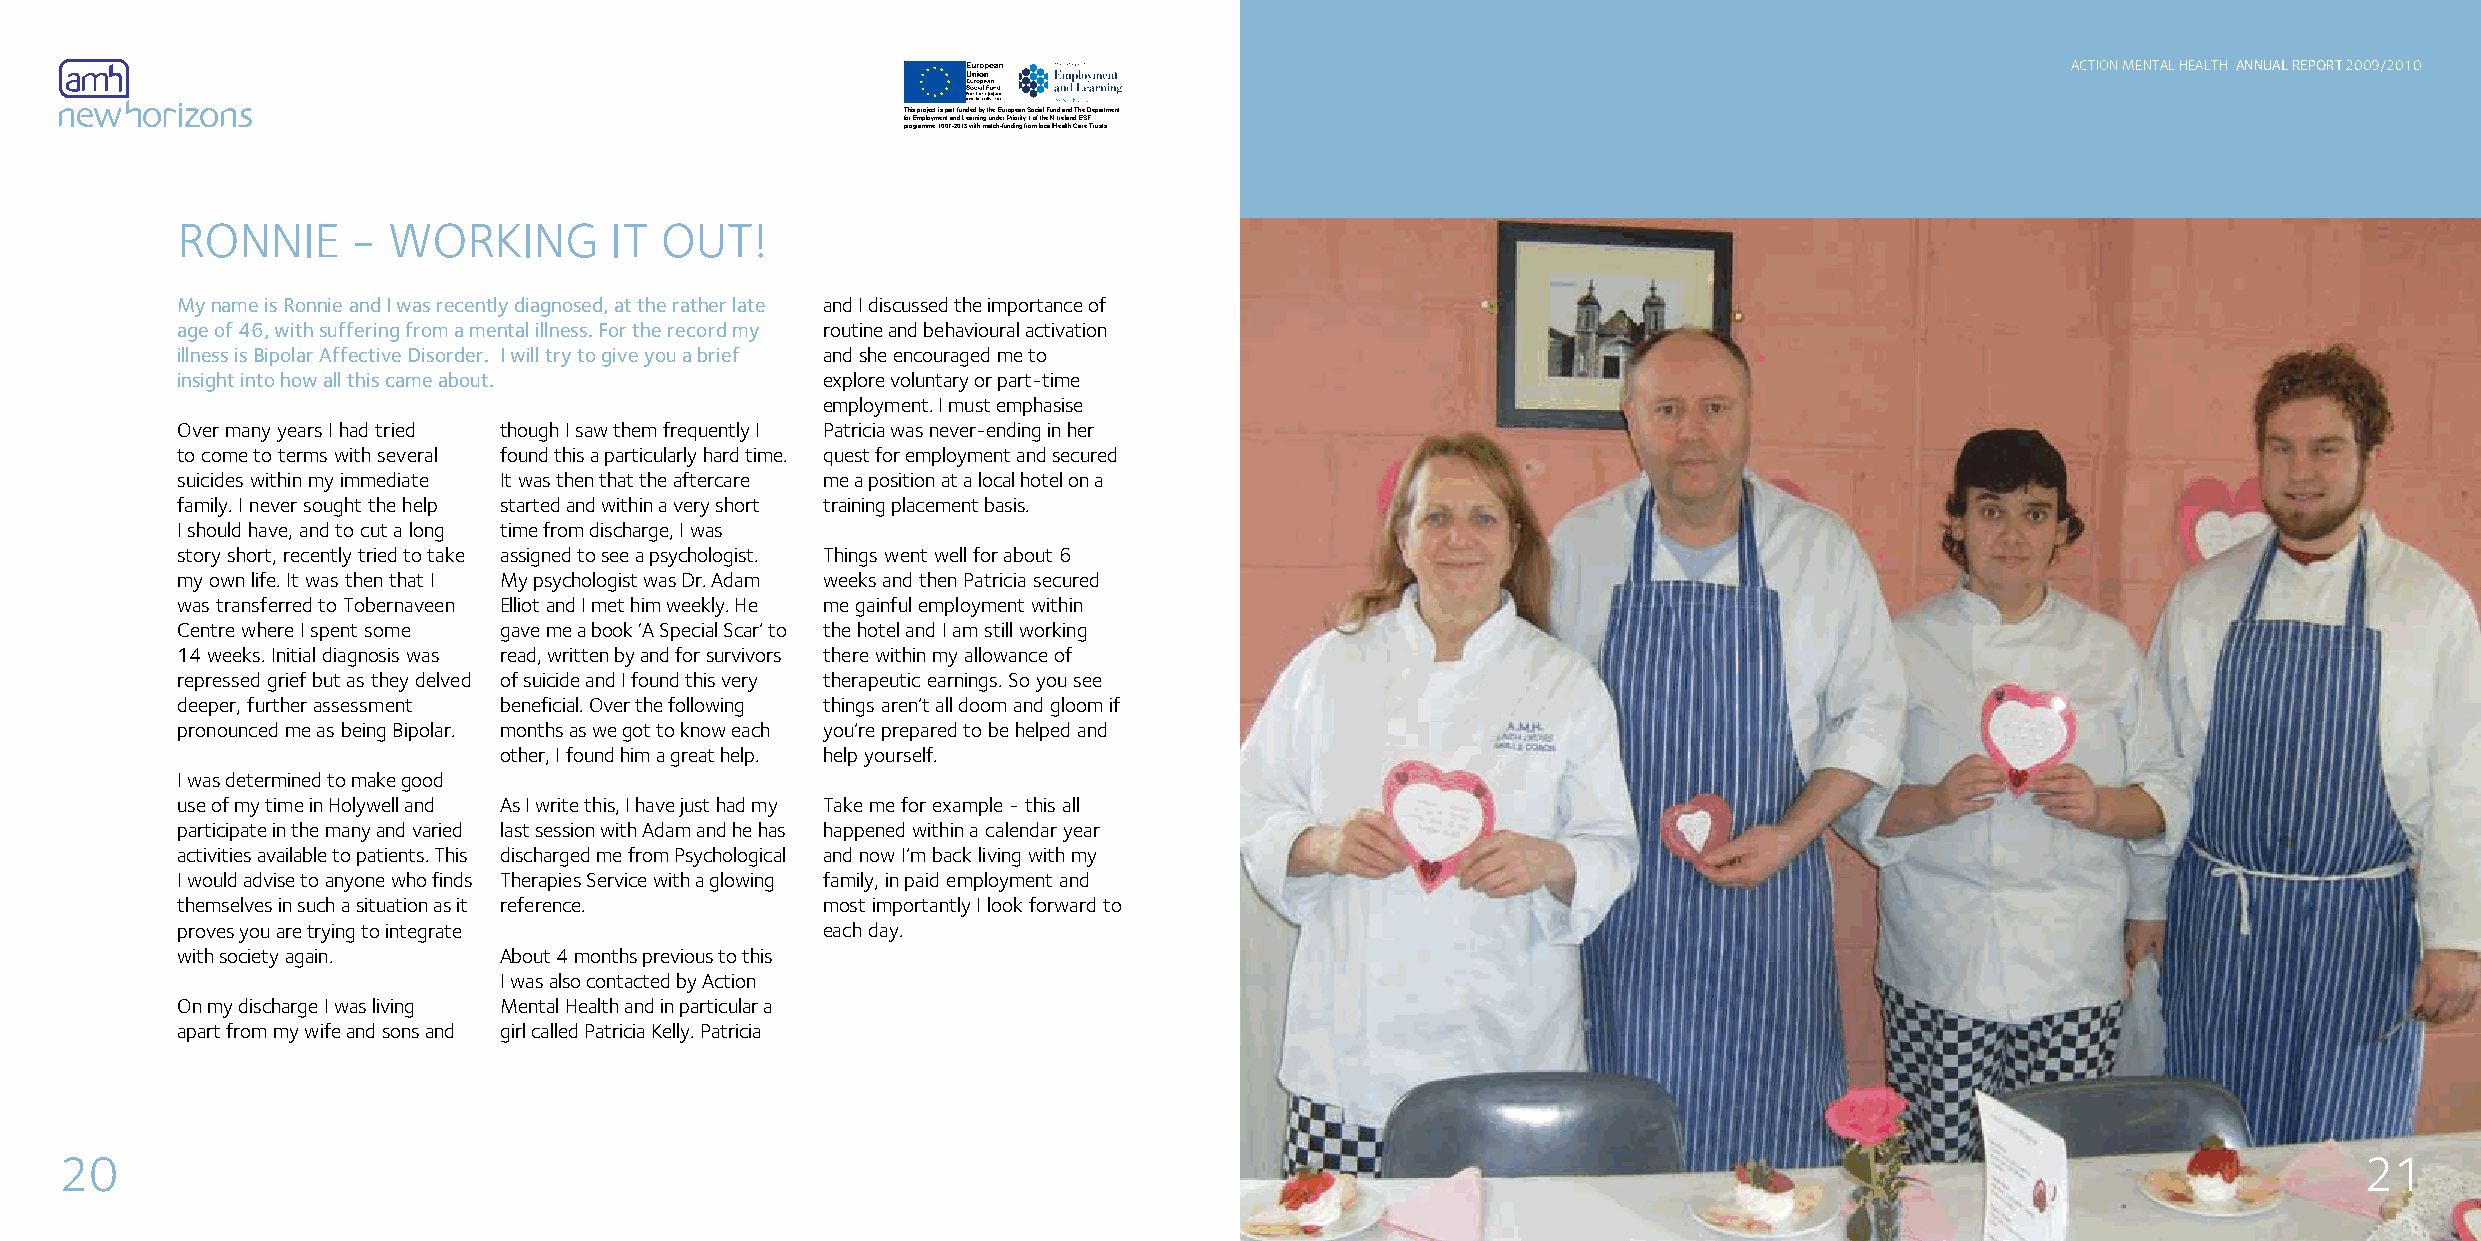
ACTION MENTAL HEALTH ANNUAL REPORT 2009/2010
 This project is part funded by the European Social Fund and The Department
 for Employment and Learning under Priority 1 of the N.Ireland ESF
 programme 1007-2013 with match-funding from local Health Care Trusts.
 RONNIE     -  WORKING       IT  OUT!
 My name is Ronnie and I was recently diagnosed, at the rather late and I discussed the importance of
 age of 46, with suffering from a mental illness. For the record my routine and behavioural activation
 illness is Bipolar Affective Disorder. I will try to give you a brief and she encouraged me to
 insight into how all this came about.     explore voluntary or part-time
 employment. I must emphasise
 Over many years I had tried though I saw them frequently I Patricia was never-ending in her
 to come to terms with several found this a particularly hard time. quest for employment and secured
 suicides within my immediate It was then that the aftercare me a position at a local hotel on a
 family. I never sought the help started and within a very short training placement basis.
 I should have, and to cut a long time from discharge, I was
 story short, recently tried to take assigned to see a psychologist. Things went well for about 6
 my own life. It was then that I My psychologist was Dr. Adam weeks and then Patricia secured
 was transferred to Tobernaveen Elliot and I met him weekly. He me gainful employment within
 Centre where I spent some gave me a book ‘A Special Scar’ to the hotel and I am still working
 14 weeks. Initial diagnosis was read, written by and for survivors there within my allowance of
 repressed grief but as they delved of suicide and I found this very therapeutic earnings. So you see
 deeper, further assessment beneficial. Over the following things aren’t all doom and gloom if
 pronounced me as being Bipolar. months as we got to know each you’re prepared to be helped and
 other, I found him a great help. help yourself.
 I was determined to make good
 use of my time in Holywell and As I write this, I have just had my Take me for example - this all
 participate in the many and varied last session with Adam and he has happened within a calendar year
 activities available to patients. This discharged me from Psychological and now I’m back living with my
 I would advise to anyone who finds Therapies Service with a glowing family, in paid employment and
 themselves in such a situation as it reference. most importantly I look forward to
 proves you are trying to integrate        each day.
 with society again.  About 4 months previous to this
 I was also contacted by Action
 On my discharge I was living Mental Health and in particular a
 apart from my wife and sons and girl called Patricia Kelly. Patricia
 20                                                                                                                                                      21